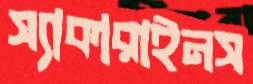
স্যাকারাইনস